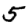
Digit: 5